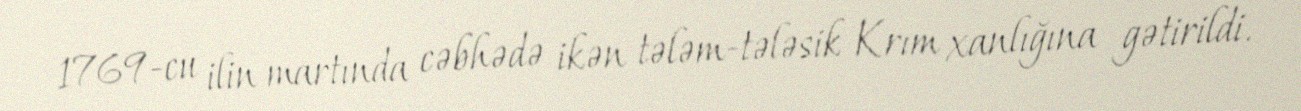
1769-cu ilin martında cəbhədə ikən tələm-tələsik Krım xanlığına gətirildi.